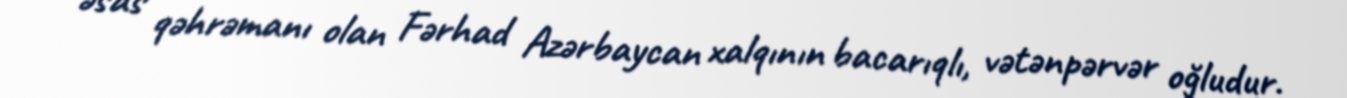
əsas qəhrəmanı olan Fərhad Azərbaycan xalqının bacarıqlı, vətənpərvər oğludur.